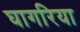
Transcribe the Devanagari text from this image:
घागरिया